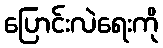
ပြောင်းလဲရေးကို